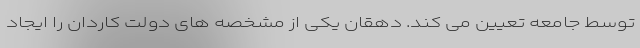
توسط جامعه تعیین می کند. دهقان یکی از مشخصه های دولت کاردان را ایجاد